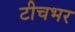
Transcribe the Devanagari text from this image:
टीचभर